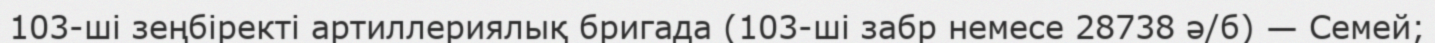
103-ші зеңбіректі артиллериялық бригада (103-ші забр немесе 28738 ә/б) — Семей;